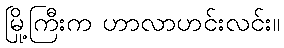
မြို့ကြီးက ဟာလာဟင်းလင်း။